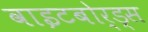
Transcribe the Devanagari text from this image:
वाइटबोर्ड्स